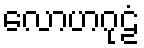
လောဟဂုဠံ